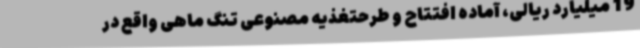
19 میلیارد ریالی، آماده افتتاح و طرحتغذیه مصنوعی تنگ ماهی واقع در